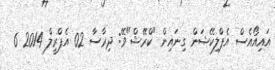
އައިއޯއެސް އެޕްލިކޭޝަން ގިނައިން "ކްރޭޝް"ވޭ: ދިރާސާ 02 އެޕްރީލް 2014 6